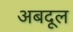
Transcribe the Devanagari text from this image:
अबदूल